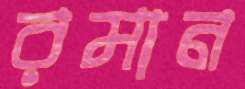
রমান